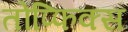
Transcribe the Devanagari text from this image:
तोप्फिक्स